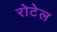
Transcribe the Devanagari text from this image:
रोटेल